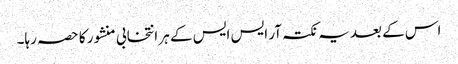
اس کے بعد یہ نکتہ آر ایس ایس کے ہر انتخابی منشور کا حصہ رہا۔